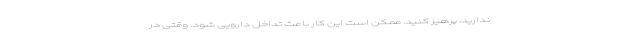
ندارید، پرهیز کنید. ممکن است این کار باعث تداخل دارویی شود. وقتی در